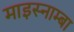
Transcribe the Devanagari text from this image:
माइस्नाम्बा